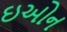
ઇઓન